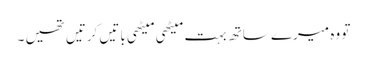
تو وہ میرے ساتھ بہت میٹھی میٹھی باتیں کرتیں تھیں ۔